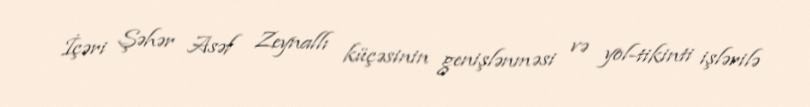
İçəri Şəhər Asəf Zeynallı küçəsinin genişlənməsi və yol-tikinti işlərilə